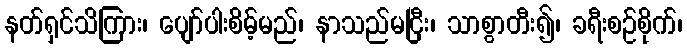
နတ်ရှင်သိကြား၊ ပျော်ပါးစိမ့်မည်၊ နာသည်မငြီး၊ သာစွာတီး၍၊ ခရီးစဉ်စိုက်၊